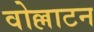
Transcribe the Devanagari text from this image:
वोल्लाटन